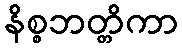
နိစ္စဘတ္တိကာ